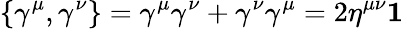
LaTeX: \displaystyle\{ \gamma^{\mu},\gamma^{\nu}\} =\gamma^{\mu}\gamma^{\nu}+\gamma^{\nu}\gamma^{\mu}=2\eta^{\mu\nu}\mathbf{1}